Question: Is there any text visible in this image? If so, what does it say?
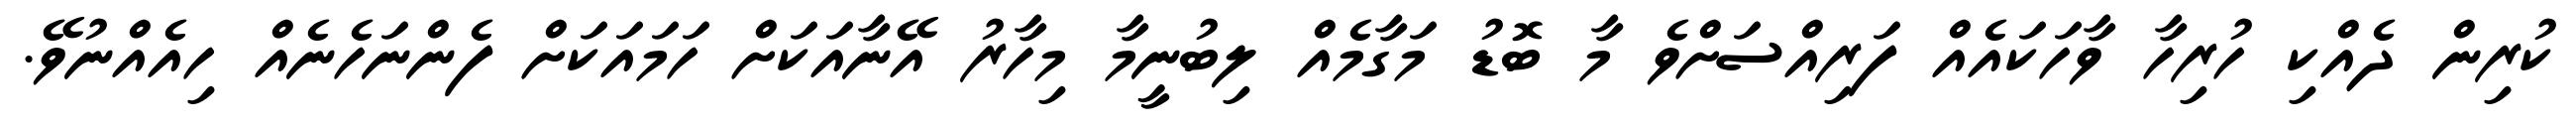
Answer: ކުރިން ދެއްކި ހުރިހާ ވާހަކައެއް ފަރިއްސަށްވެ މާ ބޮޑު މަގާމެއް ލިބުނީމާ މިހާރު އޭނާއަކަށް ހަމައަކަށް ފެންނަހެނެއް ހިއެއްނުވޭ.